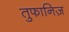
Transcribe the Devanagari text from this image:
तुफानिज़